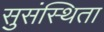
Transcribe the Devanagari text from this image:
सुसंस्थिता